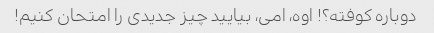
دوباره کوفته؟! اوه، امی، بیایید چیز جدیدی را امتحان کنیم!